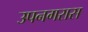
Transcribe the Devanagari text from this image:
उपनगरास